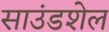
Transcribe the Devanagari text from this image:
साउंडशेल